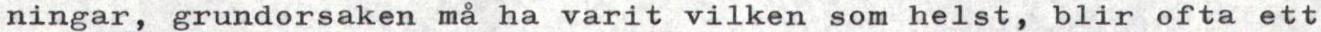
ningar, grundorsaken må ha varit vilken som helst, blir ofta ett